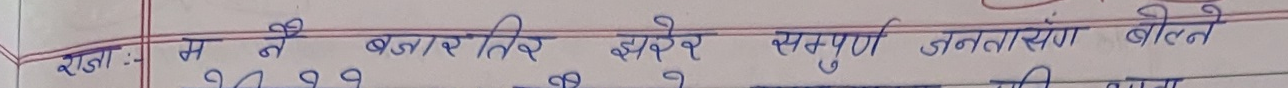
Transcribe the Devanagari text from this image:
राजः म नै बजार तिर झरेर सम्पूर्ण जनतासँग बोल्ने